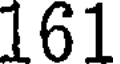
161